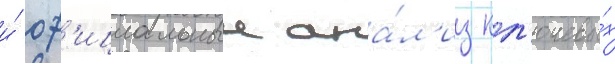
и́ оф'ициальныи ана́л'из кл'ючевы́х